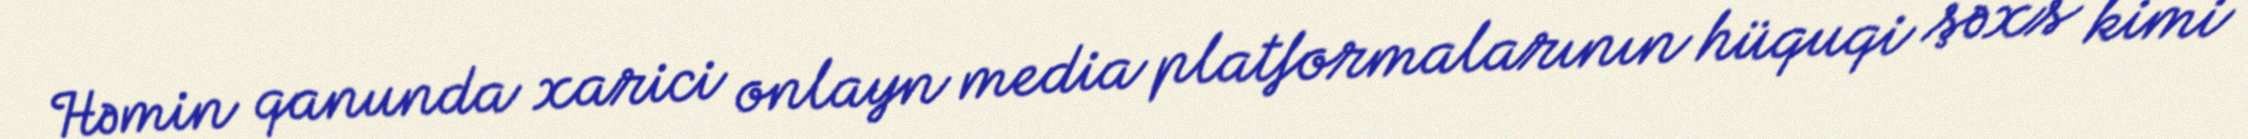
Həmin qanunda xarici onlayn media platformalarının hüquqi şəxs kimi